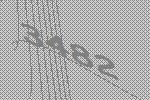
3482